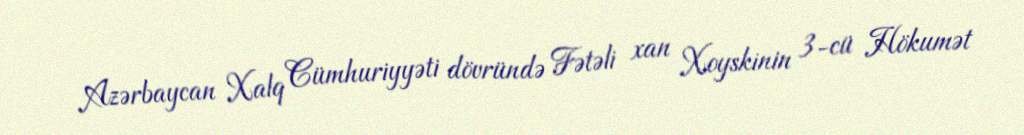
Azərbaycan Xalq Cümhuriyyəti dövründə Fətəli xan Xoyskinin 3-cü Hökumət